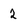
Character: 2